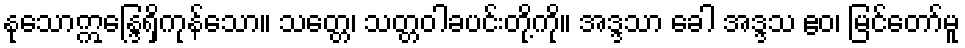
နုသောဣန္ဒြေရှိကုန်သော။ သတ္တေ၊ သတ္တဝါခပင်းတို့ကို။ အဒ္ဒသာ ခေါ အဒ္ဒသ ဧဝ၊ မြင်တော်မူ